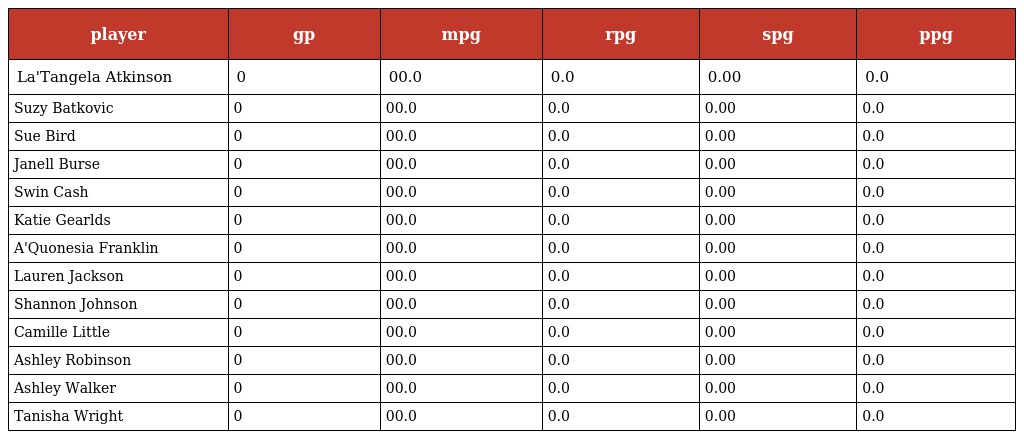
| player | gp | mpg | rpg | spg | ppg |
 | --- | --- | --- | --- | --- | --- |
 | La'Tangela Atkinson | 0 | 00.0 | 0.0 | 0.00 | 0.0 |
 | Suzy Batkovic | 0 | 00.0 | 0.0 | 0.00 | 0.0 |
 | Sue Bird | 0 | 00.0 | 0.0 | 0.00 | 0.0 |
 | Janell Burse | 0 | 00.0 | 0.0 | 0.00 | 0.0 |
 | Swin Cash | 0 | 00.0 | 0.0 | 0.00 | 0.0 |
 | Katie Gearlds | 0 | 00.0 | 0.0 | 0.00 | 0.0 |
 | A'Quonesia Franklin | 0 | 00.0 | 0.0 | 0.00 | 0.0 |
 | Lauren Jackson | 0 | 00.0 | 0.0 | 0.00 | 0.0 |
 | Shannon Johnson | 0 | 00.0 | 0.0 | 0.00 | 0.0 |
 | Camille Little | 0 | 00.0 | 0.0 | 0.00 | 0.0 |
 | Ashley Robinson | 0 | 00.0 | 0.0 | 0.00 | 0.0 |
 | Ashley Walker | 0 | 00.0 | 0.0 | 0.00 | 0.0 |
 | Tanisha Wright | 0 | 00.0 | 0.0 | 0.00 | 0.0 |